Malaria in the Punjab - Number 46
Disease focus: Malaria
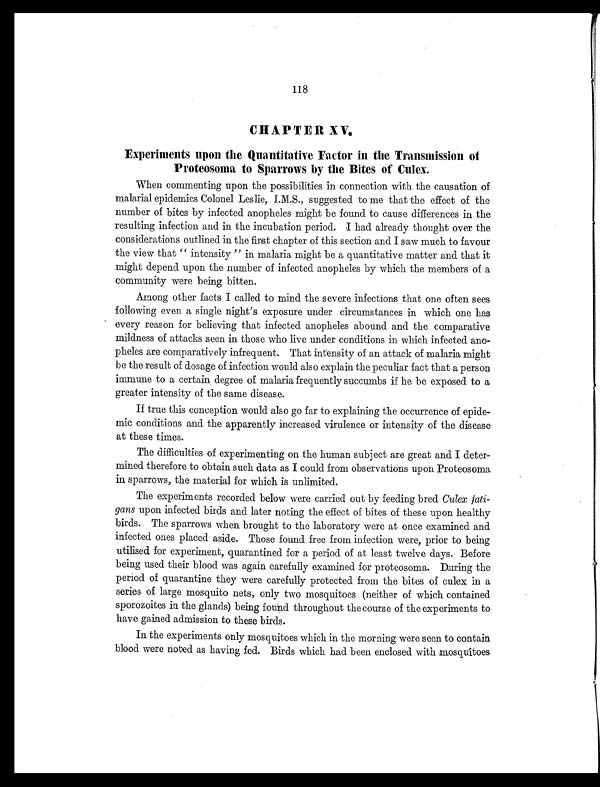
118
CHAPTER XV.
Experiments upon the Quantitative Factor in the Transmission of
Proteosoma to Sparrows by the Bites of Culex.
When commenting upon the possibilities in connection with the causation of
malarial epidemics Colonel Leslie, I. M. S., suggested to me that the effect of the
number of bites by infected anopheles might be found to cause differences in the
resulting infection and in the incubation period. I had already thought over the
considerations outlined in the first chapter of this section and I saw much to favour
the view that " intensity " in malaria might be a quantitative matter and that it
might depend upon the number of infected anopheles by which the members of a
community were being bitten.
Among other facts I called to mind the severe infections that one often sees
following even a single night's exposure under circumstances in which one has
every reason for believing that infected anopheles abound and the comparative
mildness of attacks seen in those who live under conditions in which infected ano-
pheles are comparatively infrequent. That intensity of an attack of malaria might
be the result of dosage of infection would also explain the peculiar fact that a person
immune to a certain degree of malaria frequently succumbs if he be exposed to a
greater intensity of the same disease.
If true this conception would also go far to explaining the occurrence of epide-
mic conditions and the apparently increased virulence or intensity of the disease
at these times.
The difficulties of experimenting on the human subject are great and I deter-
mined therefore to obtain such data as I could from observations upon Proteosoma
in sparrows, the material for which is unlimited.
The experiments recorded below were carried out by feeding bred Culex fati-
gans upon infected birds and later noting the effect of bites of these upon healthy
birds. The sparrows when brought to the laboratory were at once examined and
infected ones placed aside. Those found free from infection were, prior to being
utilised for experiment, quarantined for a period of at least twelve days. Before
being used their blood was again carefully examined for proteosoma. During the
period of quarantine they were carefully protected from the bites of culex in a
series of large mosquito nets, only two mosquitoes (neither of which contained
sporozoites in the glands) being found throughout the course of the experiments to
have gained admission to these birds.
In the experiments only mosquitoes which in the morning were seen to contain
blood were noted as having fed. Birds which had been enclosed with mosquitoes